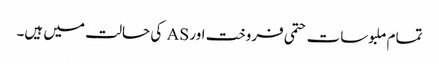
تمام ملبوسات حتمی فروخت اور AS کی حالت میں ہیں۔